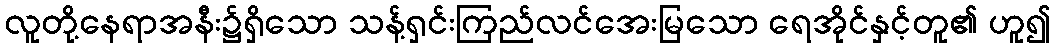
လူတို့နေရာအနီး၌ရှိသော သန့်ရှင်းကြည်လင်အေးမြသော ရေအိုင်နှင့်တူ၏ ဟူ၍